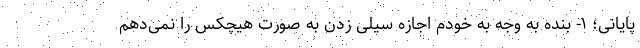
پایانی؛ ۱- بنده به وجه به خودم اجازه سیلی زدن به صورت هیچکس را نمی‌دهم